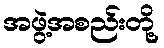
အဖွဲ့အစည်းတို့